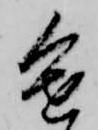
進